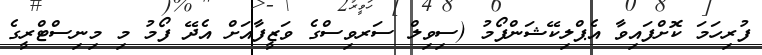
ފުރިހަމަ ކޮށްފައިވާ އެޕްލިކޭޝަންފޯމު (ސިވިލް ސަރވިސްގެ ވަޒީފާއަށް އެދޭ ފޯމު މި މިނިސްޓްރީގެ